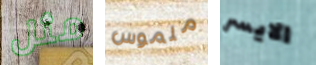
مثل ملموس الايسر